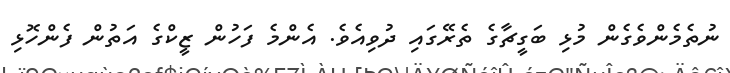
ނުތެމެންވެގެން މުޅި ބަގީޗާގެ ތެރޭގައި ދުވިއެވެ. އެންމެ ފަހުން ޒީކްގެ އަތުން ފެންހޮޅި